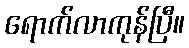
ရောက်လာကုန်ပြီ။